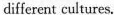
different cultures.